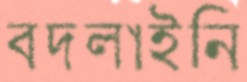
বদলাইনি